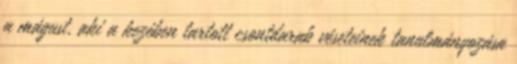
a mágust, aki a kezében tartott csontdarab véseteinek tanulmányozása